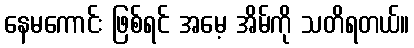
နေမကောင်း ဖြစ်ရင် အမေ့ အိမ်ကို သတိရတယ်။